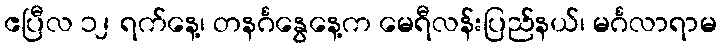
ဧပြီလ ၁၂ ရက်နေ့၊ တနင်္ဂနွေနေ့က မေရီလန်းပြည်နယ်၊ မင်္ဂလာရာမ